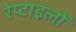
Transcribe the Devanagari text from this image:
रेप्टाइलों